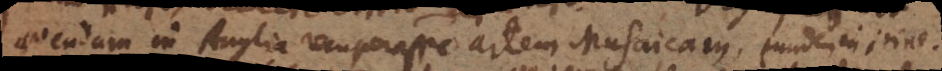
quendam in Anglia recuperasse artem Musaicam, eundem in itine-